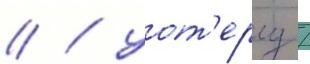
// / уот'ерлу /